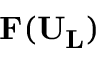
\mathbf { F ( U _ { L } ) }